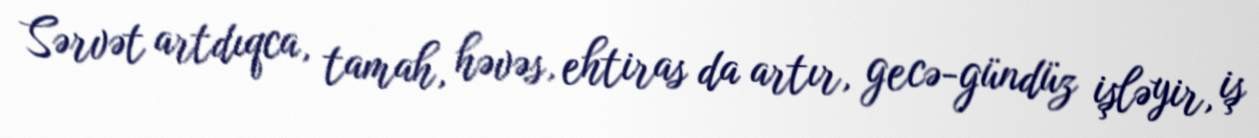
Sərvət artdıqca, tamah, həvəs, ehtiras da artır, gecə-gündüz işləyir, iş